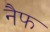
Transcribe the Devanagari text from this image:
नैफ